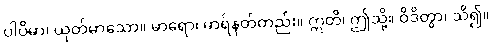
ပါပိမာ၊ ယုတ်မာသော။ မာရော၊ မာရ်နတ်တည်း။ ဣတိ၊ ဤသို့။ ဝိဒိတွာ၊ သိ၍။